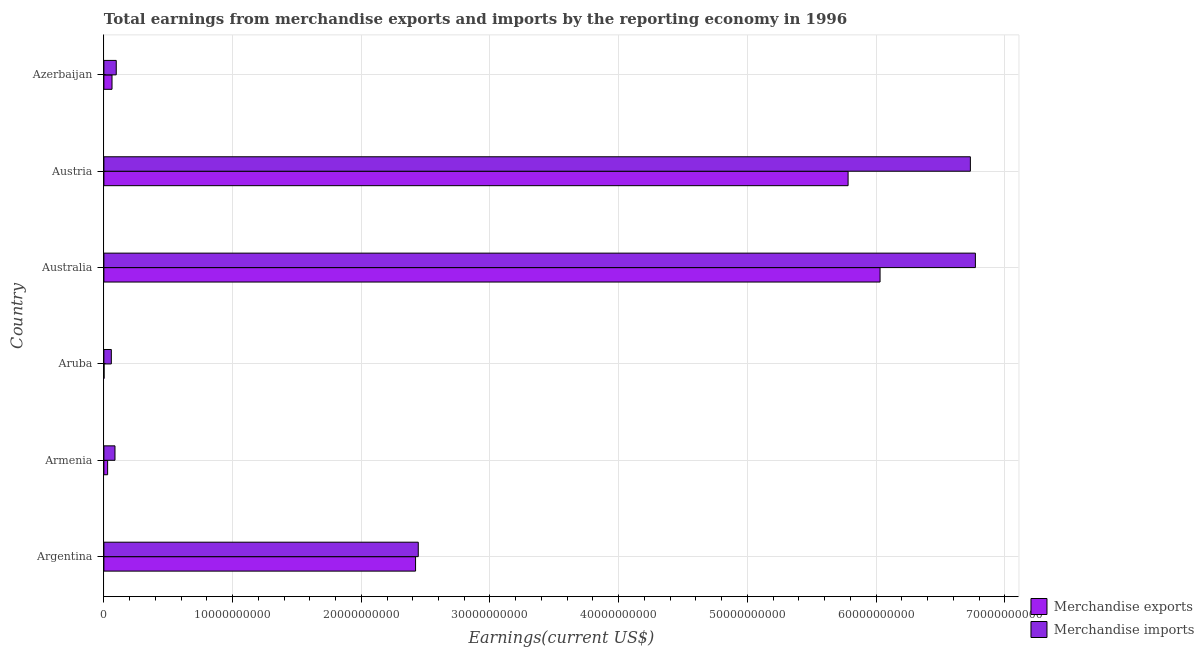
| Country | Merchandise exports | Merchandise imports |
 | --- | --- | --- |
 | Argentina | 2.42e+10 | 2.44e+10 |
 | Armenia | 2.9e+08 | 8.62e+08 |
 | Aruba | 1.25e+07 | 5.78e+08 |
 | Australia | 6.03e+10 | 6.77e+10 |
 | Austria | 5.78e+10 | 6.73e+10 |
 | Azerbaijan | 6.31e+08 | 9.61e+08 |